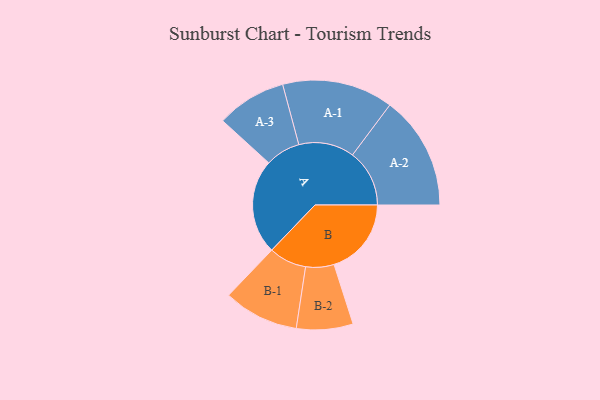
{"axis": {"x": "Segment", "y": "Value"}, "legend": ["", "A", "B"], "data": [{"x": "A", "y": 456, "type": ""}, {"x": "B", "y": 372, "type": ""}, {"x": "A-1", "y": 267, "type": "A"}, {"x": "A-2", "y": 274, "type": "A"}, {"x": "A-3", "y": 168, "type": "A"}, {"x": "B-1", "y": 181, "type": "B"}, {"x": "B-2", "y": 136, "type": "B"}]}